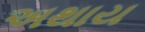
અથાય